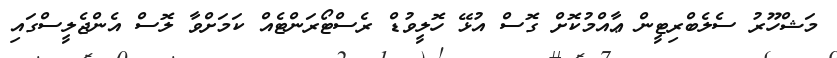
މަޝްހޫރު ސެލެބްރިޓީން ޢާއްމުކޮށް ގޮސް އުޅޭ ހޮލީވުޑް ރެސްޓޯރަންޓެއް ކަމަށްވާ ލޮސް އެންޖެލީސްގައި